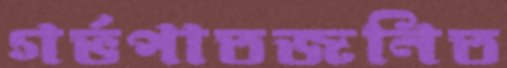
গর্ভপাতজনিত